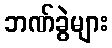
ဘဏ်ခွဲများ